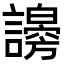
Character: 𧭇